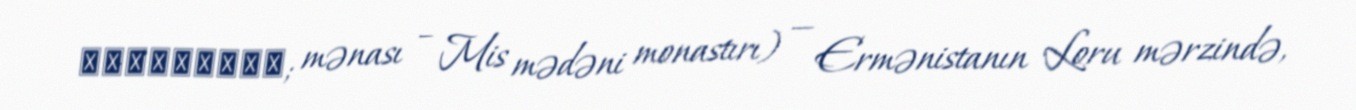
Պղնձավանք; mənası – Mis mədəni monastırı) — Ermənistanın Loru mərzində,